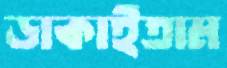
ডাকাইতাম